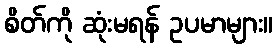
စိတ်ကို ဆုံးမရန် ဥပမာများ။